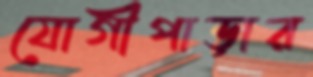
যোগীপাড়ার